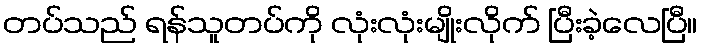
တပ်သည် ရန်သူတပ်ကို လုံးလုံးမျိုးလိုက် ပြီးခဲ့လေပြီ။